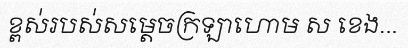
ខ្ពស់របស់សម្តេចក្រឡាហោម ស ខេង...